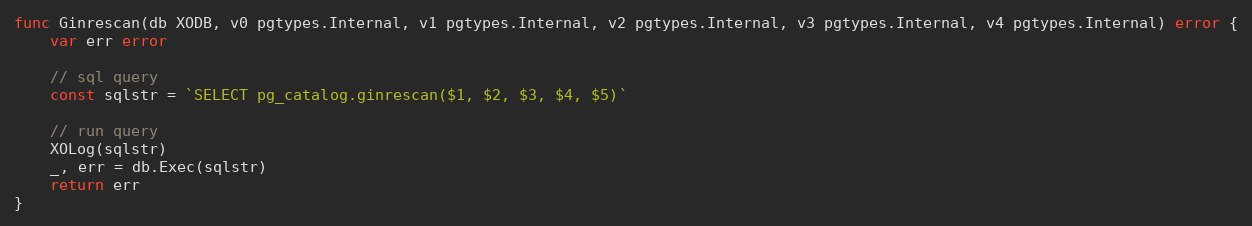
Language: Go
func Ginrescan(db XODB, v0 pgtypes.Internal, v1 pgtypes.Internal, v2 pgtypes.Internal, v3 pgtypes.Internal, v4 pgtypes.Internal) error {
	var err error

	// sql query
	const sqlstr = `SELECT pg_catalog.ginrescan($1, $2, $3, $4, $5)`

	// run query
	XOLog(sqlstr)
	_, err = db.Exec(sqlstr)
	return err
}